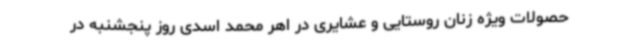
حصولات ویژه زنان روستایی و عشایری در اهر محمد اسدی روز پنجشنبه در